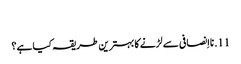
‏
11.‏ نااِنصافی سے لڑنے کا بہترین طریقہ کیا ہے؟